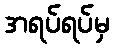
အရပ်ရပ်မှ